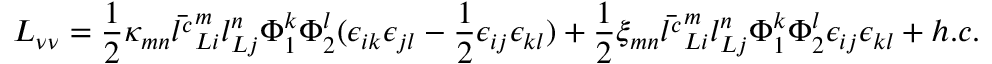
{ \cal L } _ { \nu \nu } = { \frac { 1 } { 2 } } \kappa _ { m n } \bar { l ^ { c } } _ { L i } ^ { m } l _ { L j } ^ { n } \Phi _ { 1 } ^ { k } \Phi _ { 2 } ^ { l } ( \epsilon _ { i k } \epsilon _ { j l } - { \frac { 1 } { 2 } } \epsilon _ { i j } \epsilon _ { k l } ) + { \frac { 1 } { 2 } } \xi _ { m n } \bar { l ^ { c } } _ { L i } ^ { m } l _ { L j } ^ { n } \Phi _ { 1 } ^ { k } \Phi _ { 2 } ^ { l } \epsilon _ { i j } \epsilon _ { k l } + h . c .